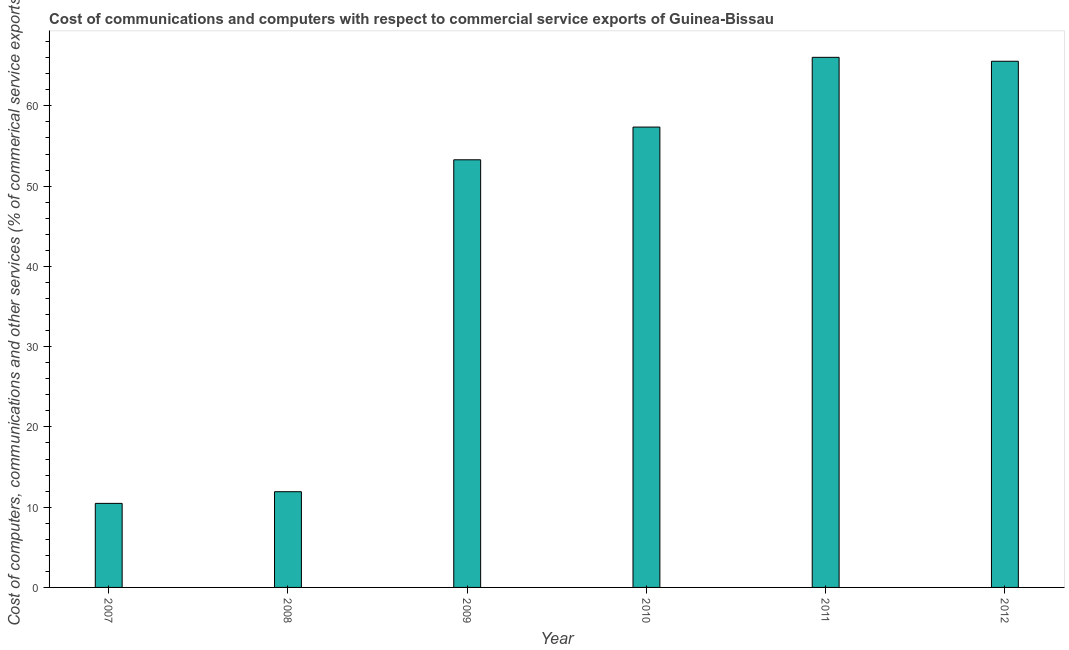
| Year | Computer |
 | --- | --- |
 | 2007 | 10.5 |
 | 2008 | 11.9 |
 | 2009 | 53.3 |
 | 2010 | 57.4 |
 | 2011 | 66 |
 | 2012 | 65.6 |